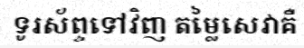
ទូរស័ព្ទទៅវិញ តម្លៃសេវាគឺ